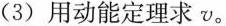
(3)用动能定理求v。